King Institute of Preventive Medicine Micro-Biological Section reports 1909-11
Year: 1909
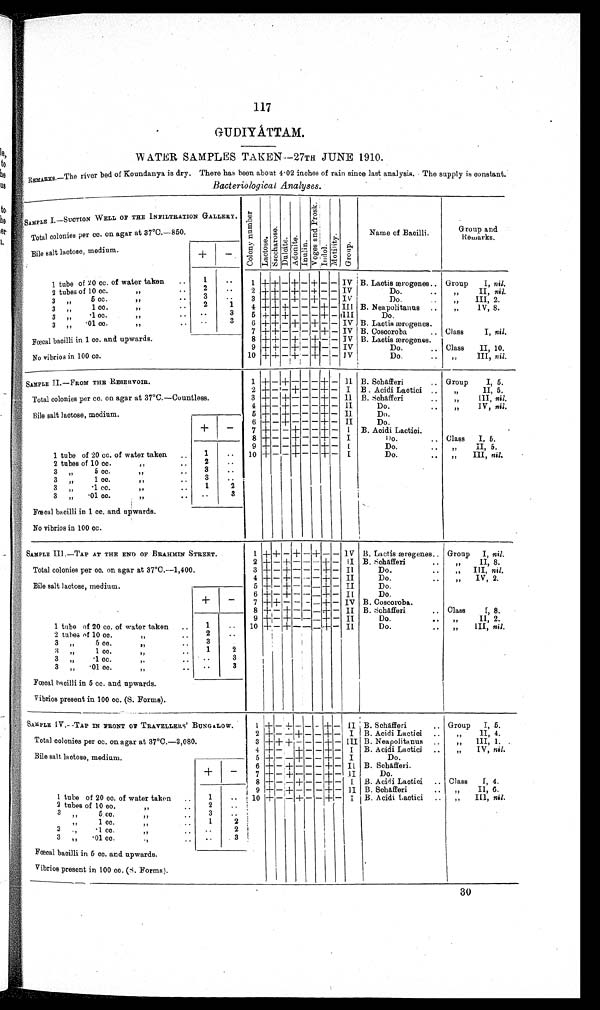
117
GUDIYÁTTAM.
W ATER SAMPLES TAKEN—27TH JUNE 1910.
REMARKS.—The river bed of Koundanya is dry. There has been about 4•02 inches of rain since last analysis. The supply is constant.
Bacteriological Analyses .
SAMPLE I.—SUCTION WELL OF THE INFILTRATION GALLERY.
C o l o n y n u m b e r
L a c t o s e .
Sscchar ose. Dul ci t e.Adoni t e.Inul i n.
V o g e s a n d P r o s k Indol.Mot i l i t y.Group.
Name of Bacilli.
Group and
Remarks.
Total colonies per cc. on agar at 37°C.—850.
Bile salt lactose, medium.
+
−
1 tube of 20 cc. of water taken
1
1 + + − + − + − − IV B. Lactis ærogenes
Group I, nil.
2 tubes of 10 cc.
2
2 + + − + − + − − IV
Do.
„ II, nil.
3 „ 5 cc.
3
3 + + − + − + − −
I V
Do.
„ III, 2.
3 „ 1 cc.
2
1
4 + + + − − − + − III B. Neapolitanus
„ IV, 8.
3 „ ·1 cc.
3
5 + + + − − − + −
I I I
Do.
3 „ ·01 cc.
3
6 + + − + − + − − IV B. Lactis ærogenes.
Fœcal bacilli in 1 cc. and upwards.
7 + + − − − − + − IV B. Coscoroba
Class I, nil.
8 + + − + − + − − IV B. Lactis ærogenes.
No vibrios in 100 cc.
9 + + − + − + − − IV
Do.
Class II, 10.
10 + + − + − +
− − IV
Do.
„ III, nil.
SAMPLE II—FROM THE RESERVOIR.
1
+ − + − − − + − II B. Schafferi
Group I, 5.
2
+ − − + − − + −
I B. Acidi Lactici
„ II, 5.
Total colonies per cc. on agar at 37°C.—Countless.
3 + − + − − − + −
II B. Schafferi
„ III, nil.
4 + − + − − − + −
II
Do.
„ IV, nil.
Bile salt lactose, medium.
5
+ − + − − − + −
I I
Do.
6 + − + − − − + −
Do.
+
−
7 + − − + − − + −
I B. Acidi Lactici.
8 + − − + − − + −
I
Do.
Class I, 5.
9 + − − + − − + −
I
Do.
„ II, 5.
1 tube of 20 cc. of water taken
1
10 + − − + − − + −
I
Do.
„ III, nil.
2 tubes of 10 cc.
2
3 „ 5 cc.
3
3 „ 1 cc.
3
3 „ ·1 cc.
1
2
3 „ ·01 cc.
3
Fœcal bacilli in 1 cc. and upwards.
No vibrios in 100 cc.
SAMPLE III.—TAP AT THE END OF BRAHMIN STREET.
1
+ + − + − + − − IV B. Lactis æregenes.
Group I, nil.
2 + − + − − − + −
II B. Schafferi
„ II, 8.
Total colonies per cc. on agar at 37°C.—1,400.
3 + − + − − − + −
II
Do.
„ III, nil.
4
+ − + − − − + −
II
Do.
„ IV, 2.
Bile salt lactose, medium
+
−
5 + − + − − − + − II
Do.
6 + − + − − − + −
II
Do.
7 + + − − − − + − IV B. Coscoroba.
8
+ − + − − − + − II B. Schafferi
Class I, 8.
9 + − + − − − + − II
Do.
„ II, 2.
1 tube of 20 cc. of water taken
1
10 + − + − − − + −
II
Do.
„ III,
nil.
2 tubes of 10 cc.
2
3 „ 5 cc.
3
3 „ 1 cc.
1
2
3 „ •1 cc.
3
3 „ •01 cc.
3
Fœcal bacilli in 1 cc. and upwards.
Vibrios present in 100 cc. (S. Forms).
SAMPLE IV.—TAP IN FRONT OF TRAVELLERS' BUNGALOW.
1
+ − + − −
−
+ −
I I
B. Schafferi
Group I, 5.
2 + − − + − − + −
I B. Acidi Lactici
„ II, 4.
Total colonies per cc. on agar at 37°C.—3,080.
3 + + + − − − + −
I I I B. Neapolitanus
„ III, 1.
4 + − + − − + −
I B. Acidi Lactici
„ IV, nil.
Bile salt lactose, medium.
5 + − − + − − + −
I
Do.
6 + − + − − − + −
I I B. Schafferi.
+
−
7 + − + − − − + −
I I
Do.
8 + − − + − − + −
I B. Acidi Lactici
Class I, 4.
9
+− + − − − + −
I I B. Schafferi
„ II, 6.
1 tube of 20 cc. of water taken
1
10 + − − + − − + −
I B. Acidi Lactici
„ III, nil.
2 tubes of 10 cc.
2
3 „ 5 cc.
3
3 „ 1 cc.
1
2
3 „ ·1 cc.
2
3 „ ·01 cc.
3
Fœcal bacilli in 5 cc. and upwards.
Vibrios present in 100 cc. (S. Forms).
30